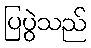
ပြပွဲသည်